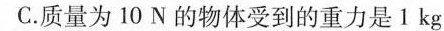
C.质量为10N的物体受到的重力是1kg